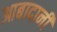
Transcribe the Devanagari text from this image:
आबादानी